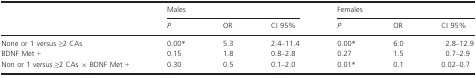
|  | <COLSPAN=3> Males | <COLSPAN=3> Females |
 |  | P | OR | CI 95% | P | OR | CI 95% |
 | --- | --- | --- | --- | --- | --- | --- |
 | None or 1 versus ≥2 CAs | 0.00* | 5.3 | 2.4–11.4 | 0.00* | 6.0 | 2.8–12.9 |
 | BDNF Met + | 0.15 | 1.8 | 0.8–2.8 | 0.27 | 1.5 | 0.7–2.9 |
 | Non or 1 versus ≥2 CAs × BDNF Met + | 0.30 | 0.5 | 0.1–2.0 | 0.01* | 0.1 | 0.02–0.7 |